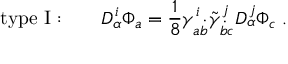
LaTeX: \mathrm { t y p e ~ I : } \qquad D _ { \alpha } ^ { i } \Phi _ { a } = { \frac { 1 } { 8 } } \gamma _ { a \dot { b } } ^ { i } \tilde { \gamma } _ { \dot { b } c } ^ { j } D _ { \alpha } ^ { j } \Phi _ { c } \; .